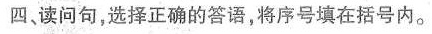
四,读问句,选择正确的答语,将序号填在括号内.。